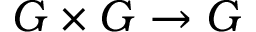
G \times G \to G